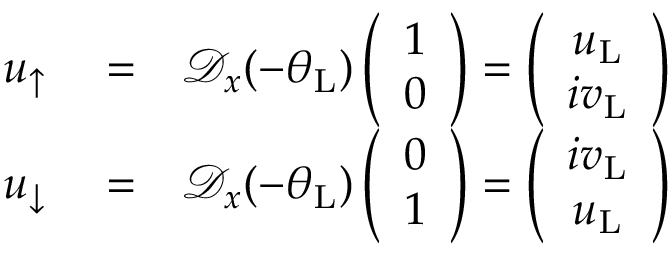
\begin{array} { r l r } { u _ { \uparrow } } & { { } = } & { \mathcal { D } _ { x } ( - \theta _ { \mathrm { L } } ) \left( \begin{array} { c } { 1 } \\ { 0 } \end{array} \right) = \left( \begin{array} { c } { u _ { \mathrm { L } } } \\ { i v _ { \mathrm { L } } } \end{array} \right) } \\ { u _ { \downarrow } } & { { } = } & { \mathcal { D } _ { x } ( - \theta _ { \mathrm { L } } ) \left( \begin{array} { c } { 0 } \\ { 1 } \end{array} \right) = \left( \begin{array} { c } { i v _ { \mathrm { L } } } \\ { u _ { \mathrm { L } } } \end{array} \right) } \end{array}